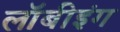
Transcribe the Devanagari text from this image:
लॉबीइंग